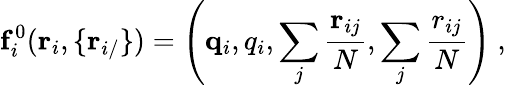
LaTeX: \mathbf f_{i}^{0}(\mathbf r_{i},\{ \mathbf r_{i/}\} )=\left(\mathbf q_{i},q_{i},\sum_{j}\frac{\mathbf r_{ij}}N,\sum_{j}\frac{r_{ij}}N\right)\ ,